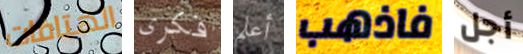
الهتافات فكرى أعلم فاذهب أجل